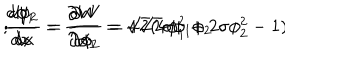
\frac { d \phi _ { 1 } } { d x } = \frac { \partial W } { \partial \phi _ { 1 } } = \sqrt { 2 } ( 4 \phi _ { 1 } ^ { 2 } + 2 \sigma \phi _ { 2 } ^ { 2 } - 1 ) \hspace { 1 c m } ; \hspace { 1 c m } \frac { d \phi _ { 2 } } { d x } = \frac { \partial W } { \partial \phi _ { 2 } } = 4 \sqrt { 2 } \sigma \phi _ { 1 } \phi _ { 2 }